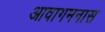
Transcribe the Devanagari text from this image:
आवागमनास